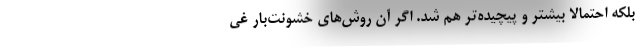
بلکه احتمالا بیشتر و پیچیده‌تر هم شد. اگر آن روش‌های خشونت‌بار غی